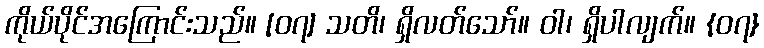
ကိုယ်ပိုင်အကြောင်းသည်။ [၀၇] သတိ၊ ရှိလတ်သော်။ ဝါ၊ ရှိပါလျက်။ {၀၇}